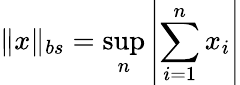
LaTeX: \| x\| _{bs}=\sup_{n}\left|\sum_{i=1}^{n}x_{i}\right|